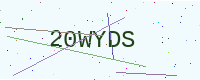
Text: 20WYDS